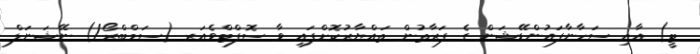
ޓީ) އާއި ސަހާނާފައުންޑޭޝަން ގެ ފަރާތުން ތައްޔާރުކޮށްފައި ވާ ސޮފްޓްވެއަރ (ސަމްބްރޯ/) ނޭޝަނަލް